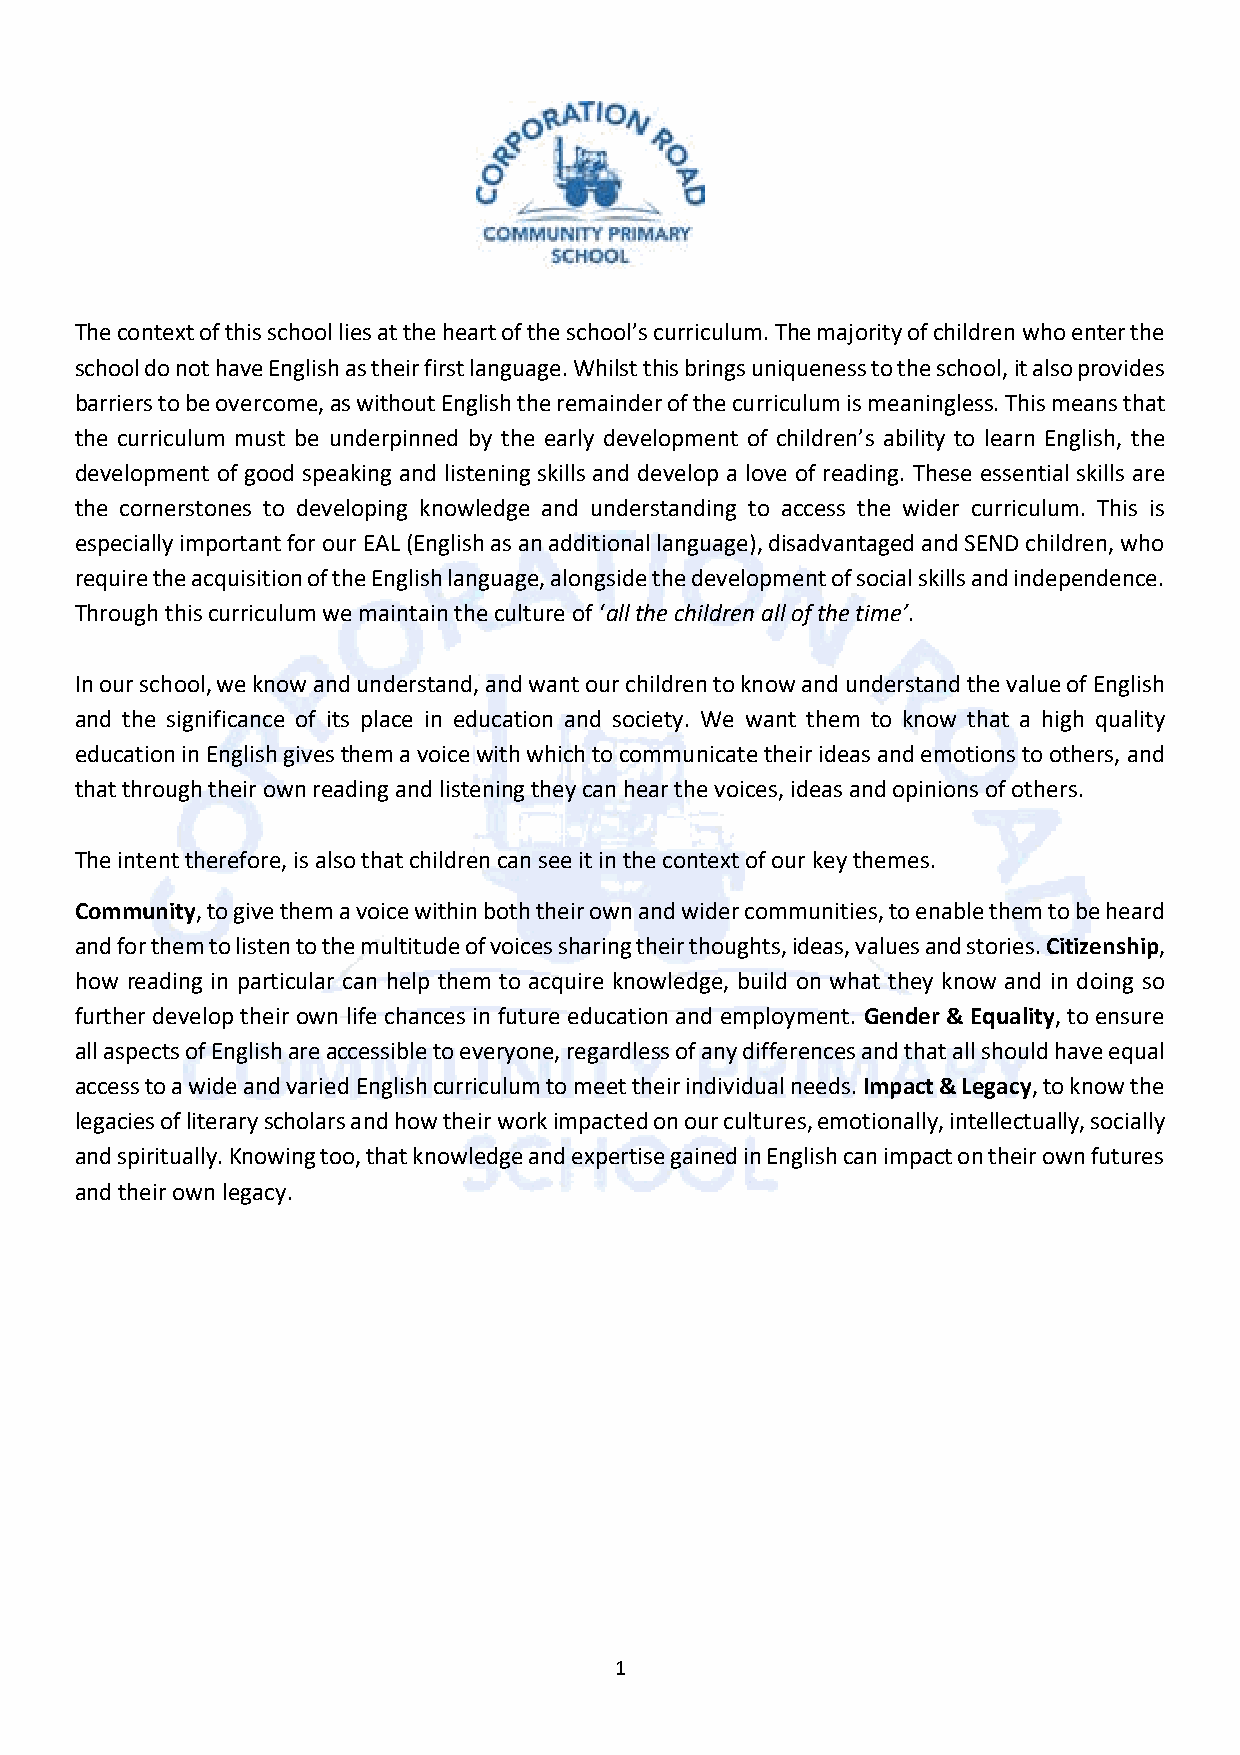
The context of this school lies at the heart of the school’s curriculum. The majority of children who enter the
 school do not have English as their first language. Whilst this brings uniqueness to the school, it also provides
 barriers to be overcome, as without English the remainder of the curriculum is meaningless. This means that
 the curriculum must be underpinned by the early development of children’s ability to learn English, the
 development of good speaking and listening skills and develop a love of reading. These essential skills are
 the cornerstones to developing knowledge and understanding to access the wider curriculum. This is
 especially important for our EAL (English as an additional language), disadvantaged and SEND children, who
 require the acquisition of the English language, alongside the development of social skills and independence.
 Through this curriculum we maintain the culture of ‘all the children all of the time’.
 In our school, we know and understand, and want our children to know and understand the value of English
 and the significance of its place in education and society. We want them to know that a high quality
 education in English gives them a voice with which to communicate their ideas and emotions to others, and
 that through their own reading and listening they can hear the voices, ideas and opinions of others.
 The intent therefore, is also that children can see it in the context of our key themes.
 Community, to give them a voice within both their own and wider communities, to enable them to be heard
 and for them to listen to the multitude of voices sharing their thoughts, ideas, values and stories. Citizenship,
 how reading in particular can help them to acquire knowledge, build on what they know and in doing so
 further develop their own life chances in future education and employment. Gender & Equality, to ensure
 all aspects of English are accessible to everyone, regardless of any differences and that all should have equal
 access to a wide and varied English curriculum to meet their individual needs. Impact & Legacy, to know the
 legacies of literary scholars and how their work impacted on our cultures, emotionally, intellectually, socially
 and spiritually. Knowing too, that knowledge and expertise gained in English can impact on their own futures
 and their own legacy.
 1